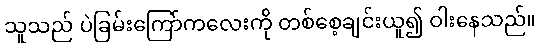
သူသည် ပဲခြမ်းကြော်ကလေးကို တစ်စေ့ချင်းယူ၍ ဝါးနေသည်။